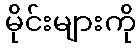
မိုင်းများကို